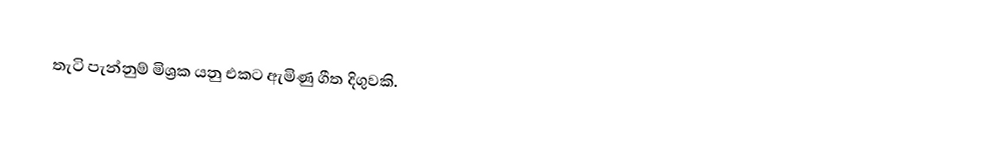
තැටි පැන්නුම් මිශ්‍රක යනු එකට ඇමිණු ගීත දිගුවකි.